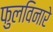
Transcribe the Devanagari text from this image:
फुलविनारे